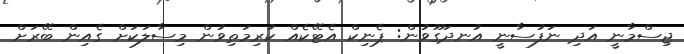
ޖިސްމާނީ އަދި ނަފުސާނީ އުނދަގޫވުން: ޕެނިކް އެޓޭކެއް ކުރިމަތިވުން މިސާލަކަަށް ގެއިން ބޭރަށް